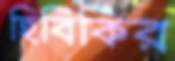
হিবিকির